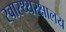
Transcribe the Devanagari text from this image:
स्वास्थ्यरक्षालय